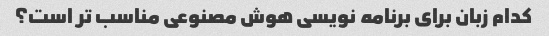
کدام زبان برای برنامه نویسی هوش مصنوعی مناسب تر است؟